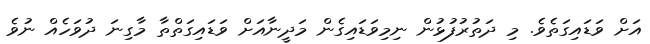
އަށް ވަޑައިގަތެވެ. މި ދަތުރުފުޅުން ނިމިވަޑައިގެން މަދީނާއަށް ވަޑައިގަތްތާ މާގިނަ ދުވަހެއް ނުވެ